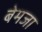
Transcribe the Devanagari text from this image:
बेमजा